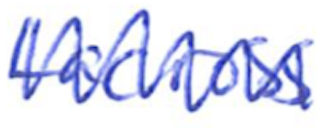
Text: Lacrosse
Cross-out: zig-zag
Writing tool: ballpoint